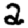
Digit: 2